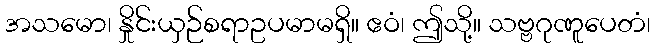
အသမော၊ နှိုင်းယှဉ်စရာဥပမာမရှိ။ ဧဝံ၊ ဤသို့။ သဗ္ဗဂုဏူပေတံ၊